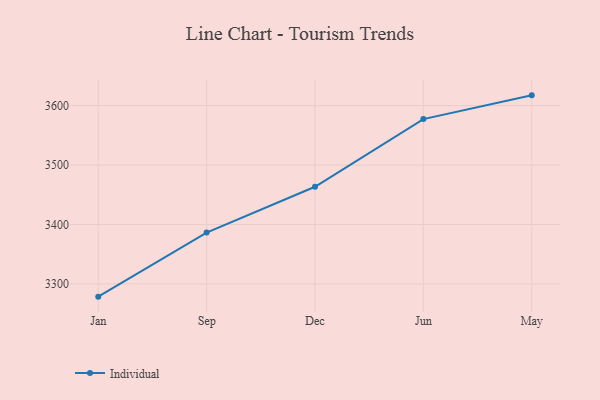
{"axis": {"x": "Month", "y": "Net Income (USD K)"}, "legend": ["Individual"], "data": [{"x": "Jan", "y": 3278.5, "type": "Individual"}, {"x": "Sep", "y": 3386.3, "type": "Individual"}, {"x": "Dec", "y": 3463.5, "type": "Individual"}, {"x": "Jun", "y": 3577.4, "type": "Individual"}, {"x": "May", "y": 3617.4, "type": "Individual"}]}